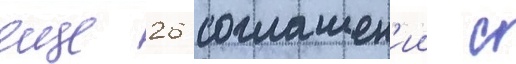
еще 26 соглашен'ии с